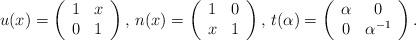
LaTeX: \begin{align*} u(x) = \left(\begin{array}{cc} 1 & x \\ 0 & 1 \end{array}\right), \, n(x) = \left(\begin{array}{cc} 1 & 0 \\ x & 1 \end{array}\right), \, t(\alpha) = \left(\begin{array}{cc} \alpha & 0 \\ 0 & \alpha^{-1} \end{array}\right).\end{align*}